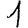
Digit: 1